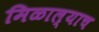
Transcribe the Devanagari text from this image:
मिळाल्याच